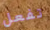
تفعل